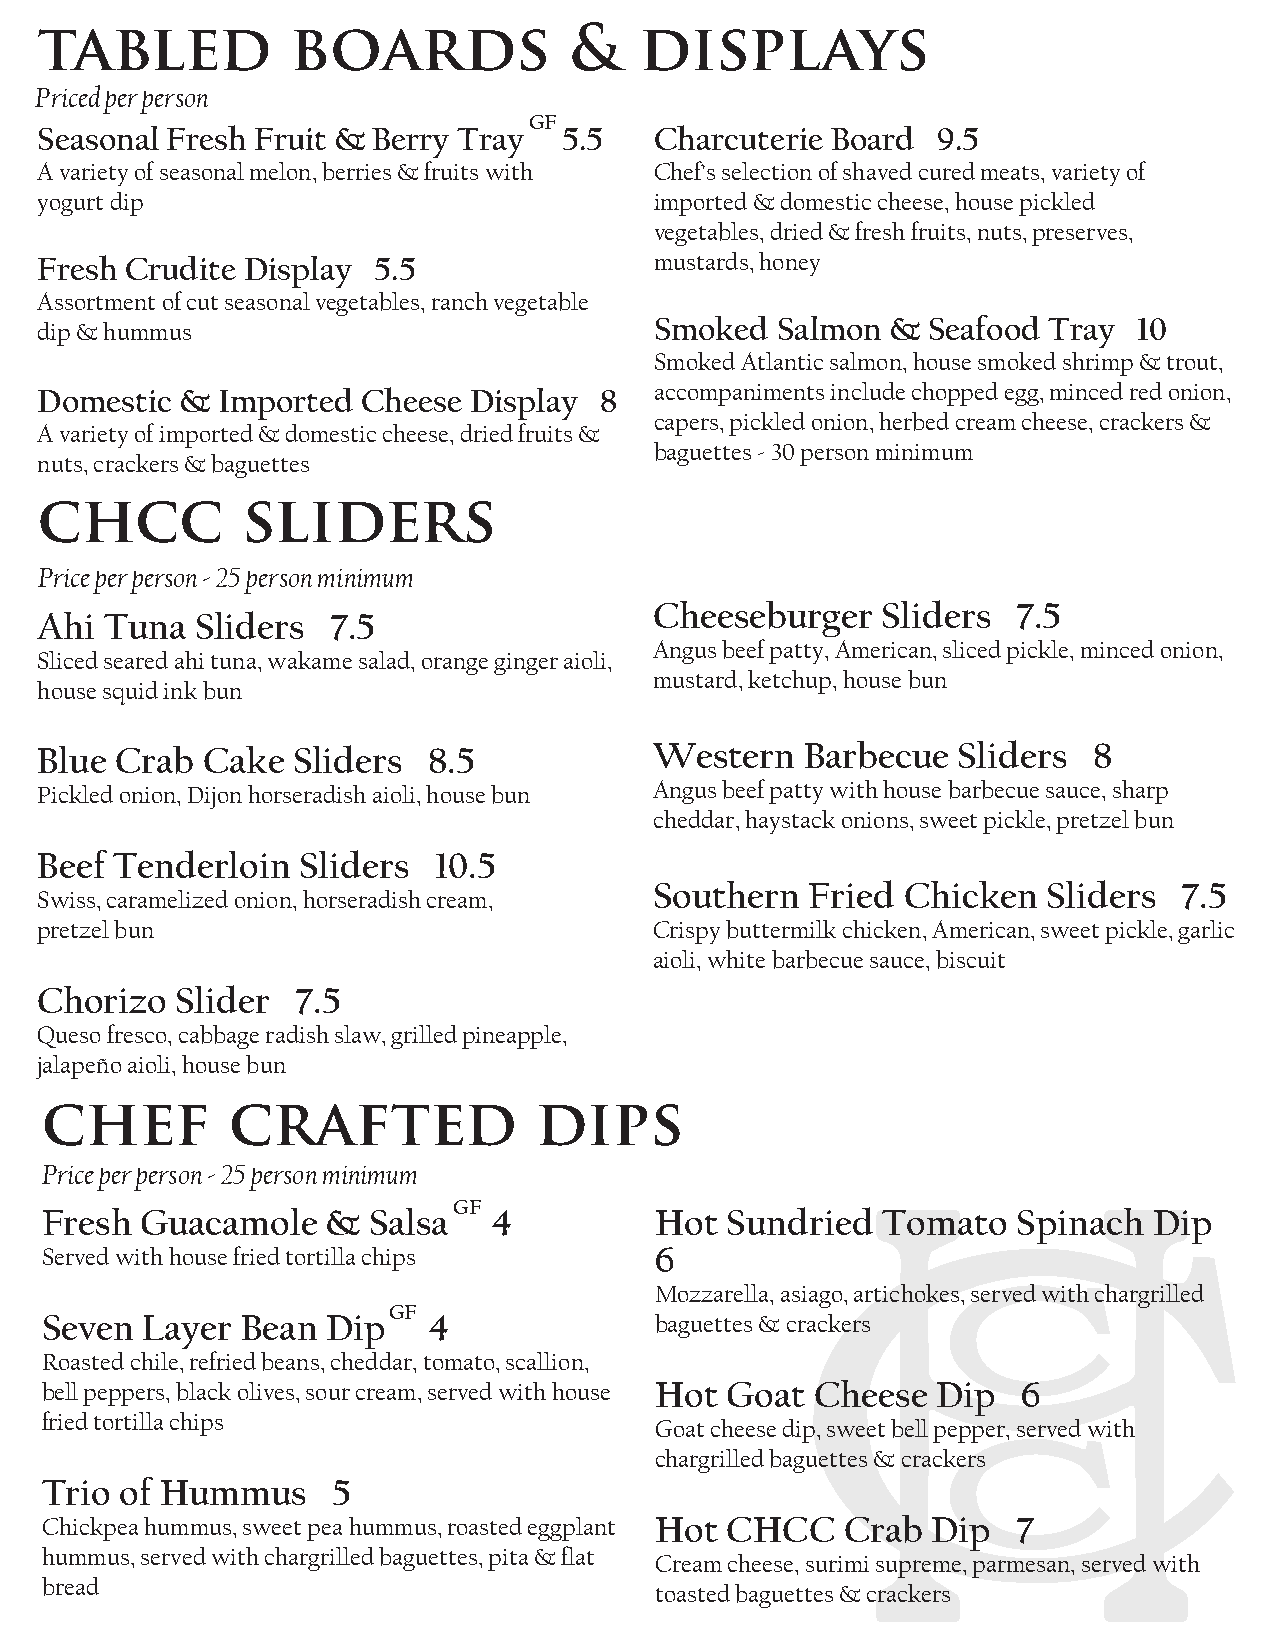
tabled           boards             &   displays
 Priced per person
 GF
 Seasonal Fresh Fruit & Berry Tray  5.5   Charcuterie Board  9.5
 A variety of seasonal melon, berries & fruits with Chef’s selection of shaved cured meats, variety of
 yogurt dip                               imported & domestic cheese, house pickled
 vegetables, dried & fresh fruits, nuts, preserves,
 Fresh Crudite Display  5.5               mustards, honey
 Assortment of cut seasonal vegetables, ranch vegetable
 dip & hummus                             Smoked  Salmon  & Seafood Tray  10
 Smoked Atlantic salmon, house smoked shrimp & trout,
 Domestic  & Imported  Cheese Display  8  accompaniments include chopped egg, minced red onion,
 capers, pickled onion, herbed cream cheese, crackers &
 A variety of imported & domestic cheese, dried fruits &
 baguettes - 30 person minimum
 nuts, crackers & baguettes
 chcc          sliders
 Price per person - 25 person minimum
 Cheeseburger   Sliders  7.5
 Ahi  Tuna  Sliders  7.5
 Angus beef patty, American, sliced pickle, minced onion,
 Sliced seared ahi tuna, wakame salad, orange ginger aioli,
 mustard, ketchup, house bun
 house squid ink bun
 Blue  Crab Cake  Sliders  8.5            Western   Barbecue  Sliders  8
 Pickled onion, Dijon horseradish aioli, house bun Angus beef patty with house barbecue sauce, sharp
 cheddar, haystack onions, sweet pickle, pretzel bun
 Beef  Tenderloin  Sliders  10.5
 Southern   Fried Chicken  Sliders  7.5
 Swiss, caramelized onion, horseradish cream,
 pretzel bun                              Crispy buttermilk chicken, American, sweet pickle, garlic
 aioli, white barbecue sauce, biscuit
 Chorizo   Slider  7.5
 Queso fresco, cabbage radish slaw, grilled pineapple,
 jalapeño aioli, house bun
 chef        crafted             dips
 Price per person - 25 person minimum
 GF
 Fresh Guacamole    & Salsa   4          Hot  Sundried  Tomato   Spinach  Dip
 Served with house fried tortilla chips  6
 Mozzarella, asiago, artichokes, served with chargrilled
 GF
 Seven Layer  Bean  Dip   4              baguettes & crackers
 Roasted chile, refried beans, cheddar, tomato, scallion,
 bell peppers, black olives, sour cream, served with house Hot Goat Cheese Dip 6
 fried tortilla chips
 Goat cheese dip, sweet bell pepper, served with
 chargrilled baguettes & crackers
 Trio of Hummus     5
 Chickpea hummus, sweet pea hummus, roasted eggplant Hot CHCC Crab Dip 7
 hummus, served with chargrilled baguettes, pita & flat
 Cream cheese, surimi supreme, parmesan, served with
 bread
 toasted baguettes & crackers